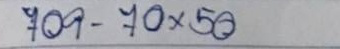
709 - 70 x 50